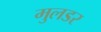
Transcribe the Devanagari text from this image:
मुलडर